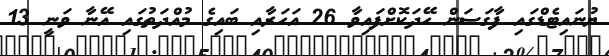
ޔުނައިޓެޑްގައި ފާގަސަން ހޭދަކޮށްފައިވާ 26 އަހަރާއި ބައިގެ މުއްދަތުގައި އޭނާ ވަނީ 13